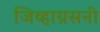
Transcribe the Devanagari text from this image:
जिव्हाग्रसनी